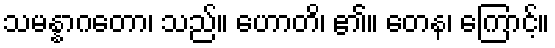
သမန္နာဂတော၊ သည်။ ဟောတိ၊ ၏။ တေန၊ ကြောင့်။